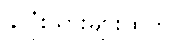
နှလုံးသားများထဲတွင်